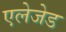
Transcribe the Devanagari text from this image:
एलेजेड